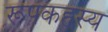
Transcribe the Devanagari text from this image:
रूपकहस्य